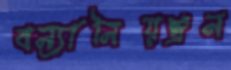
বন্যানিয়ন্ত্রন